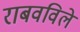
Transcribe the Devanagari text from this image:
राबवविले